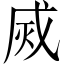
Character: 烕